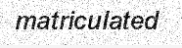
matriculated